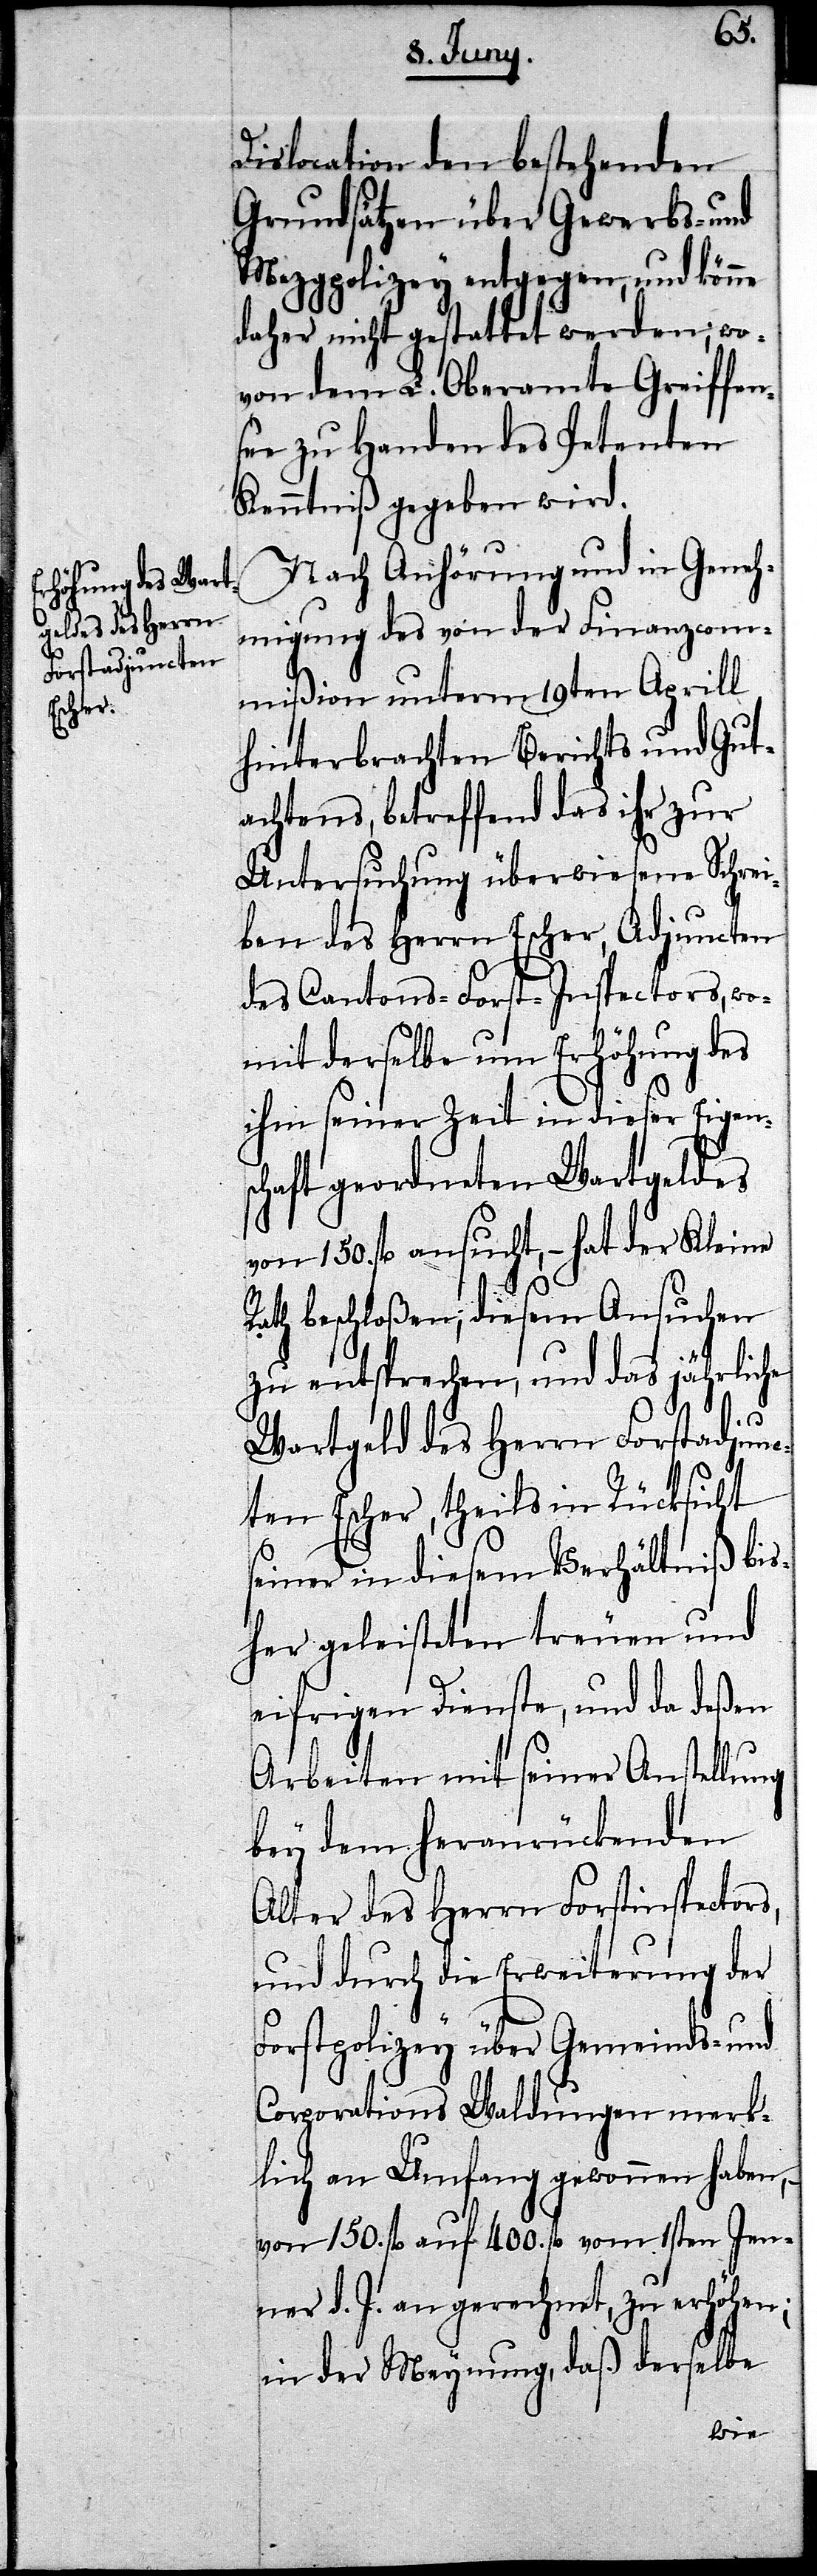
Dislocation den bestehenden
Grundsätzen über Gewerbs- und
Mezgpolizey entgegen, und kön¬
daher nicht gestattet werden; wo¬
von dem L. Oberamte Greiffen¬
see zu Handen des Petenten
Kenntniß gegeben wird.
Nach Anhörung und in Geneh¬
migung des von der Finanzcom¬
mißion unterm 19ten Aprill
hinterbrachten Berichts und Gut¬
achtens, betreffend das ihr zu
Untersuchung überwiesene Schrei¬
ben des Herrn Escher, Adjuncten
des Cantons-Forst-Inspectors, wo¬
mit derselbe um Erhöhung des
ihm seiner Zeit in dieser Eigen¬
schaft geordneten Wartgeldes
von 150. fl. ansucht, – hat der Kleine
Rath beschloßen, diesem Ansuchen
zu entsprechen, und das jährliche
ne
Wartgeld des Herrn Forstadjunc¬
ten Escher, theils in Rücksicht
seiner in diesem Verhältniß bis¬
her geleisteten treuen und
eifrigen Dienste, und da deßen
Arbeiten mit seiner Anstellung
bey dem heranrückenden
Alter des Herrn Forstinspectors,
und durch die Erweiterung der
Forstpolizey über Gemeinds- und
Corporations Waldungen merk¬
lich an Umfang gewonnen haben, –
von 150. fl auf 400. fl. vom 1sten Jen¬
ner d. J. an gerechnet, zu erhöhen;
in der Meynung, daß derselbe